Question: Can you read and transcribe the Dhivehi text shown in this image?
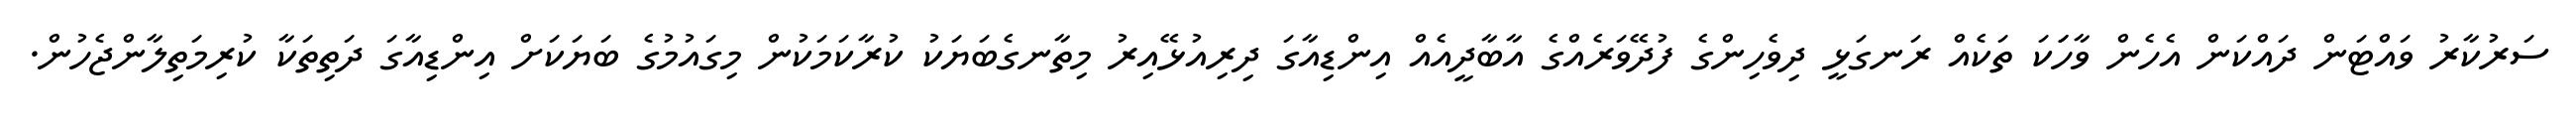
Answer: ސަރުކާރު ވައްޓަން ދައްކަން އެހެން ވާހަަކަ ތަކެއް ރަނގަޅީ ދިވެހިންގެ ފުދޭވަރެއްގެ އާބާދީއެއް އިންޑިއާގަ ދިރިއުޅޭއިރު މިތާނގެބަޔަކު ކުރާކަމަކުން މިގައުމުގެ ބަޔަކަށް އިންޑިއާގަ ދަތިތަކާ ކުރިމަތިލާންޖެހުން.